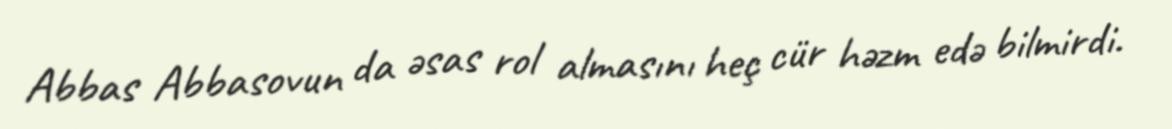
Abbas Abbasovun da əsas rol almasını heç cür həzm edə bilmirdi.